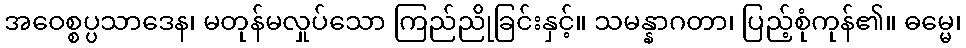
အဝေစ္စပ္ပသာဒေန၊ မတုန်မလှုပ်သော ကြည်ညိုခြင်းနှင့်။ သမန္နာဂတာ၊ ပြည့်စုံကုန်၏။ ဓမ္မေ၊